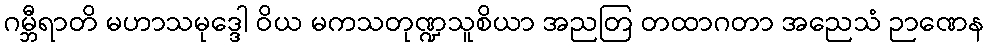
ဂမ္ဘီရာတိ မဟာသမုဒ္ဒေါ ဝိယ မကသတုဏ္ဍသူစိယာ အညတြ တထာဂတာ အညေသံ ဉာဏေန